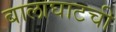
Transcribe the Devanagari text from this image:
बालाघाटची